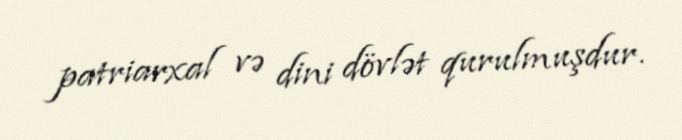
patriarxal və dini dövlət qurulmuşdur.